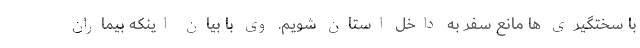
با سختگیری ها مانع سفر به داخل استان شویم. وی با بیان اینکه بیماران